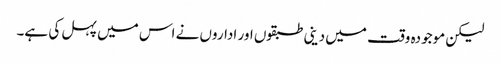
لیکن موجودہ وقت میں دینی طبقوں اور اداروں نے اس میں پہل کی ہے۔